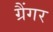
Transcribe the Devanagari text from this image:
ग्रैंगर